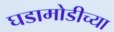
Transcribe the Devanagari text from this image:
घडामोडीच्या